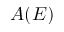
A ( E )